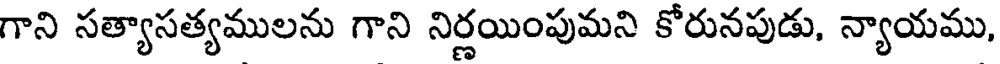
గాని సత్యాసత్యములను గాని నిర్ణయింపుమని కోరునపుడు, న్యాయము,